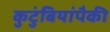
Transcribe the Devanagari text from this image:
कुटुंबियांपैकी